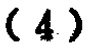
$(4)$